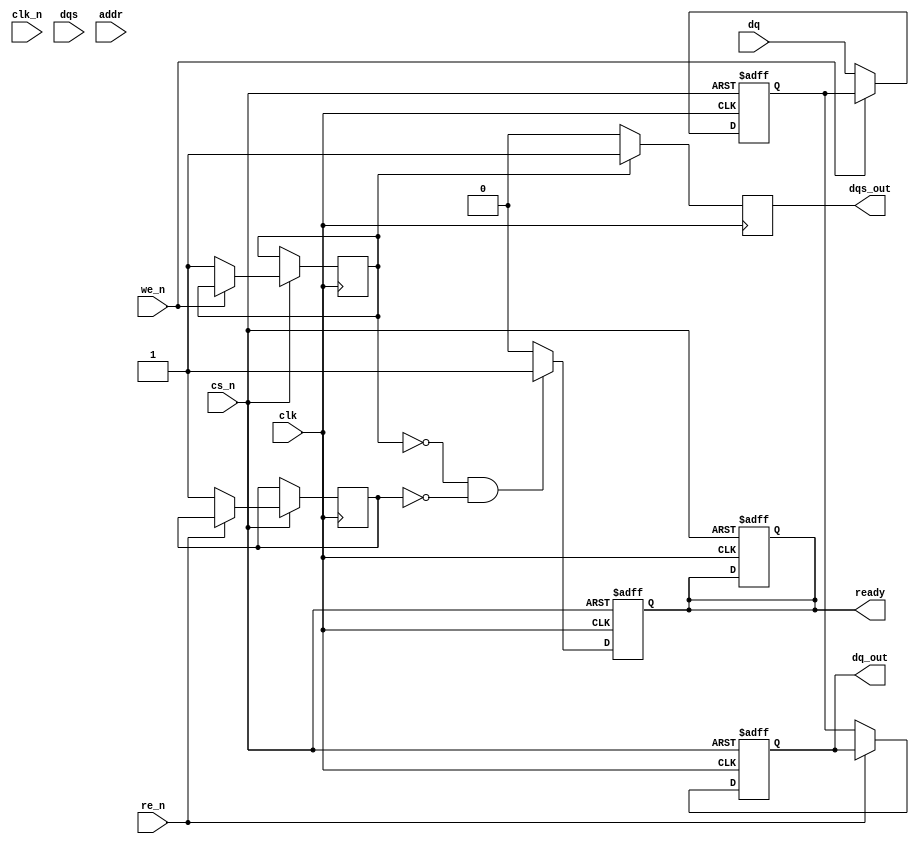
module ddr_sdram_io_block (
    input wire clk,               // Clock input (CK)
    input wire clk_n,             // Inverted clock input (CK#)
    input wire [DQ_WIDTH-1:0] dq, // Bi-directional data lines (DQ)
    input wire dqs,               // Data Strobe (DQS)
    input wire cs_n,              // Chip Select (CS)
    input wire we_n,              // Write Enable (WE)
    input wire re_n,              // Read Enable (RE)
    input wire [ADDR_WIDTH-1:0] addr, // Address lines (A)
    output reg [DQ_WIDTH-1:0] dq_out, // Output data lines
    output reg dqs_out,           // Output DQS
    output reg ready              // Ready signal
);

parameter DQ_WIDTH = 8;          // Width of data lines
parameter ADDR_WIDTH = 12;       // Width of address lines

reg [DQ_WIDTH-1:0] dq_in;        // Input data lines buffer
reg read_active, write_active;    // Flags for read/write operations

// Initial state
initial begin
    ready = 1'b0;
    dq_out = {DQ_WIDTH{1'b0}};
    dqs_out = 1'b0;
    read_active = 1'b0;
    write_active = 1'b0;
end

// Data input buffer
always @(posedge clk or negedge cs_n) begin
    if (!cs_n) begin
        // Chip select not active, reset
        dq_in <= {DQ_WIDTH{1'b0}};
        ready <= 1'b0;
    end else if (!we_n) begin
        // Write operation
        dq_in <= dq;                     // Capture incoming data
        write_active <= 1'b1;            // Set write active flag
    end
end

// Data output buffer
always @(posedge clk or negedge cs_n) begin
    if (!cs_n) begin
        dq_out <= {DQ_WIDTH{1'b0}};
        ready <= 1'b0;
    end else if (!re_n) begin
        // Read operation
        dq_out <= dq_in;                 // Drive data out
        read_active <= 1'b1;             // Set read active flag
    end
end

// DQS output control
always @(posedge clk) begin
    if (write_active) begin
        dqs_out <= 1'b1;                // DQS high during write
    end else if (read_active) begin
        dqs_out <= 1'b0;                // DQS low during read
    end else begin
        dqs_out <= 1'b0;                // DQS low when idle
    end
end

// Timing control and ready signal
always @(posedge clk or negedge cs_n) begin
    if (!cs_n) begin
        ready <= 1'b0;
    end else begin
        // Set ready signal when not busy
        if (!write_active && !read_active) begin
            ready <= 1'b1;               // Ready for new operations
        end else begin
            ready <= 1'b0;               // Not ready during active operations
        end
    end
end

endmodule